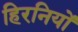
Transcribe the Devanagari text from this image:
हिरनियों